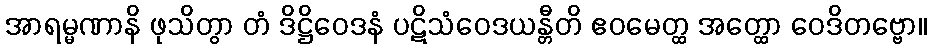
အာရမ္မဏာနိ ဖုသိတွာ တံ ဒိဋ္ဌိဝေဒနံ ပဋိသံဝေဒယန္တီတိ ဧဝမေတ္ထ အတ္ထော ဝေဒိတဗ္ဗော။